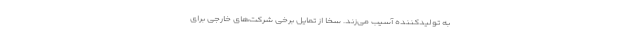
به تولیدکننده آسیب می‌زند. سخا از تمایل برخی شرکت‌های خارجی برای